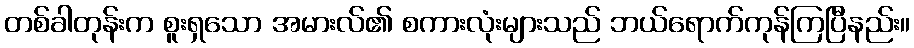
တစ်ခါတုန်းက စူးရှသော အမားလ်၏ စကားလုံးများသည် ဘယ်ရောက်ကုန်ကြပြီနည်း။